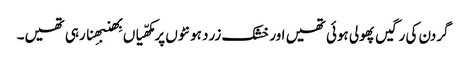
گردن کی رگیں پھولی ہوئی تھیں اور خشک زرد ہونٹوں پر مکھّیاں بِھنبھِنا رہی تھیں۔